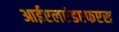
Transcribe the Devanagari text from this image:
आईएलएंडएफएस